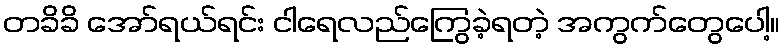
တခိခိ အော်ရယ်ရင်း ငါရေလည်ကြွေခဲ့ရတဲ့ အကွက်တွေပေါ့။